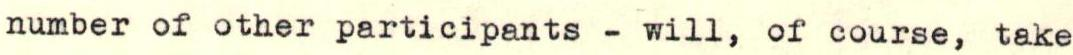
number of other participants - will, of course, take